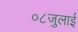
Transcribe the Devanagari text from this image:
०८जुलाई